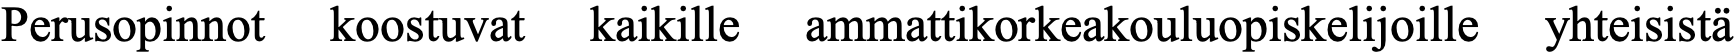
Perusopinnot koostuvat kaikille ammattikorkeakouluopiskelijoille yhteisistä